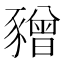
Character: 𧲅